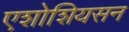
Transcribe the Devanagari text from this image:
एशोशियसन